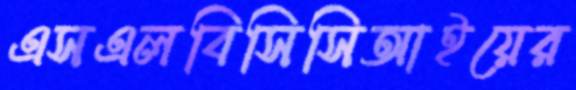
এসএলবিসিসিআইয়ের